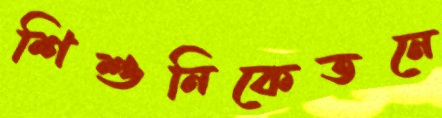
শিশুনিকেতনে